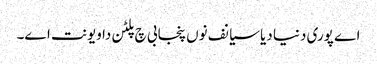
اے پوری دنیا دیا سیانف نوں پنجابی چ پلٹن دا ویونت اے۔